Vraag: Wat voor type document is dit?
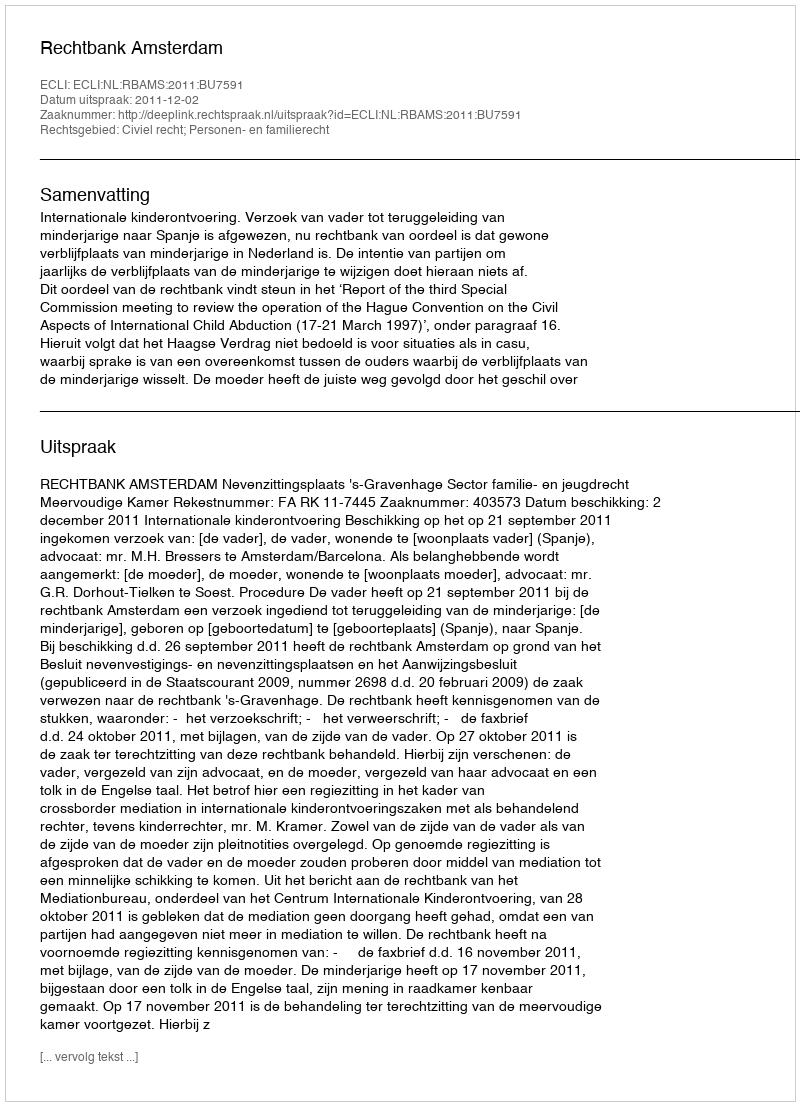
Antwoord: Uitspraak